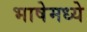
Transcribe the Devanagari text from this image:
भाषेमध्‍ये